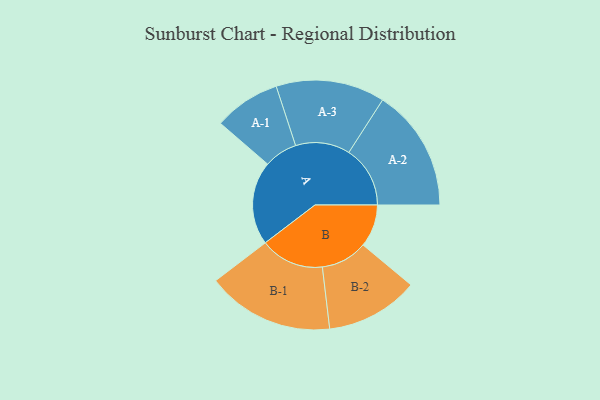
{"axis": {"x": "Segment", "y": "Value"}, "legend": ["", "A", "B"], "data": [{"x": "A", "y": 379, "type": ""}, {"x": "B", "y": 193, "type": ""}, {"x": "A-1", "y": 151, "type": "A"}, {"x": "A-2", "y": 278, "type": "A"}, {"x": "A-3", "y": 247, "type": "A"}, {"x": "B-1", "y": 289, "type": "B"}, {"x": "B-2", "y": 211, "type": "B"}]}